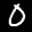
Digit: 0